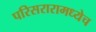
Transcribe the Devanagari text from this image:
परिसरारामध्येच